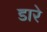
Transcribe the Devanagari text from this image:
डारे